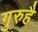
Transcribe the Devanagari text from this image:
गुरुहै